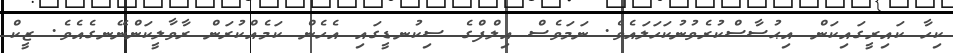
ކިހާ ކައިރީގައިކަން އިޙުސާސްކުރެވުނުކަހަލައެވެ. ނަމަވެސް އިލްފްގެ ސިކުނޑީގައި އެހެން ކަމެއްކުރަން ރާވާލީކަންނޭނގެއެވެ. ޒީކް